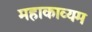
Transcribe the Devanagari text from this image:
महाकाव्यम